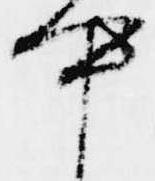
中